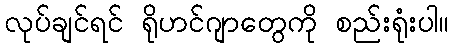
လုပ်ချင်ရင် ရိုဟင်ဂျာတွေကို စည်းရုံးပါ။